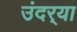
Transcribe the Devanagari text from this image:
उंदर्‍या